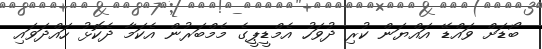
ބޯޑަށް ވައްޑޭ އައްޔަން ކުރި ދުވަހު އެމްޑީޕީގެ މެމްބަރުން އެކަމާ ދެކޮޅު ހައްދަވައި